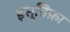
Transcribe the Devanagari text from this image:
इस्तिफ़ा